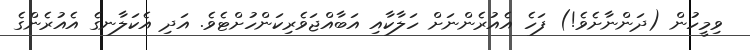
ވިމީހުން (ދަންނާށެވެ!) ފަހެ އެއުރެންނަށް ހަލާކާއި އަބާއްޖަވެރިކަންހުށްޓެވެ. އަދި އެކަލާނގެ އެއުރެންގެ